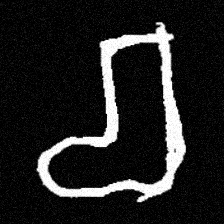
Pyu character \u2014 Myanmar letter: စ (romanized: ca)